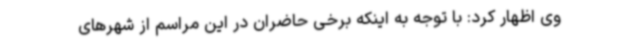
وی اظهار کرد: با توجه به اینکه برخی حاضران در این مراسم از شهرهای